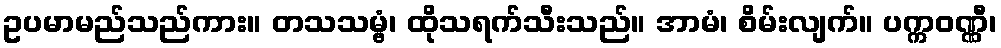
ဥပမာမည်သည်ကား။ တသသမ္ဗံ၊ ထိုသရက်သီးသည်။ အာမံ၊ စိမ်းလျက်။ ပက္ကဝဏ္ဏီ၊